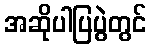
အဆိုပါပြပွဲတွင်